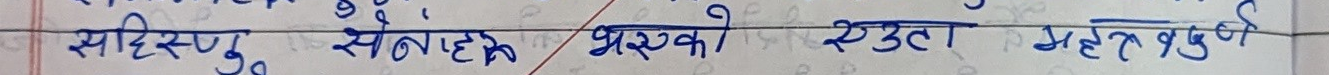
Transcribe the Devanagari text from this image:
सहिष्णु सैनाहले भरको स्तुता प्रवृत्तिको